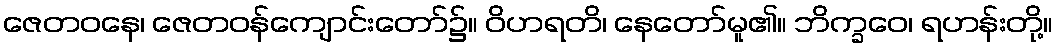
ဇေတဝနေ၊ ဇေတဝန်ကျောင်းတော်၌။ ဝိဟရတိ၊ နေတော်မူ၏။ ဘိက္ခဝေ၊ ရဟန်းတို့။